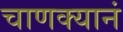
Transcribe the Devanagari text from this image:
चाणक्यानं